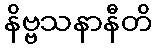
နိဗ္ဗသနာနီတိ